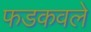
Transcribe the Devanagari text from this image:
फडकवले